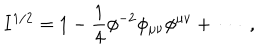
LaTeX: I ^ { 1 / 2 } = 1 - \frac { 1 } { 4 } \phi ^ { - 2 } \phi _ { \mu \nu } \phi ^ { \mu \nu } + \: \cdots \; ,